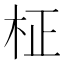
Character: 柾